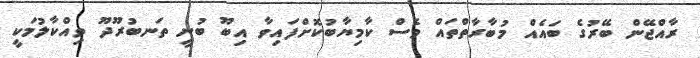
ރާއްޖޭން ބޭރުގެ ބައެއް މުބާރާތްތައް ވެސް ކާމިޔާބުކޮށްފައިވާ އިބޫ ބުނީ ތަނބުރޫދޫ ވިއްކާލުމަކީ